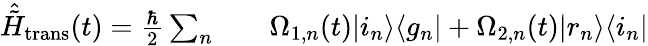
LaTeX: \begin{array}{rlr}{\hat{\tilde{H}}_{\mathrm{trans}}(t)=\frac{\hbar}{2}\sum_{n}}&{{}}&{\Omega_{1,n}(t)\vert i_{n}\rangle\langle g_{n}\vert+\Omega_{2,n}(t)\vert r_{n}\rangle\langle i_{n}\vert}\end{array}